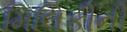
મિલિકીની